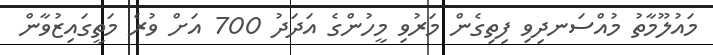
މައުލޫމާތު މުއްސަނދިވި ފިތިގެން މަރުވި މީހުންގެ އަދަދު 700 އަށް ވުރެ މަތީގައިޒުވާން